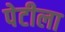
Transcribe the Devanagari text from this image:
पेटीला